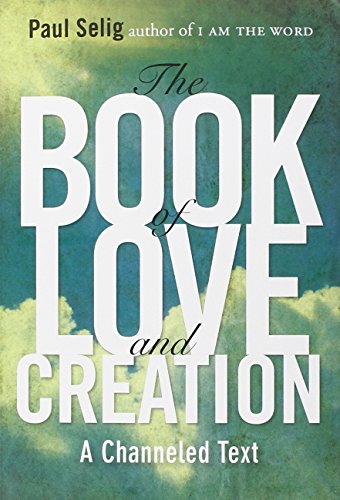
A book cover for The Book of Love and Creation: A Channeled Text; Paul Selig; Religion & Spirituality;